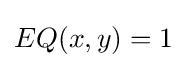
EQ(x,y)=1